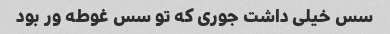
سس خیلی داشت جوری که تو سس غوطه ور بود